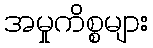
အမှုကိစ္စများ